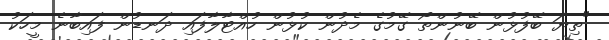
"ތިޔަ ބޭފުޅުން ބޭނުންތޯ ގޭމުގެ މެދުން ކުޅުން ހުއްޓާލާފައި ދަނޑުން ފައިބާނެ މީހަކު